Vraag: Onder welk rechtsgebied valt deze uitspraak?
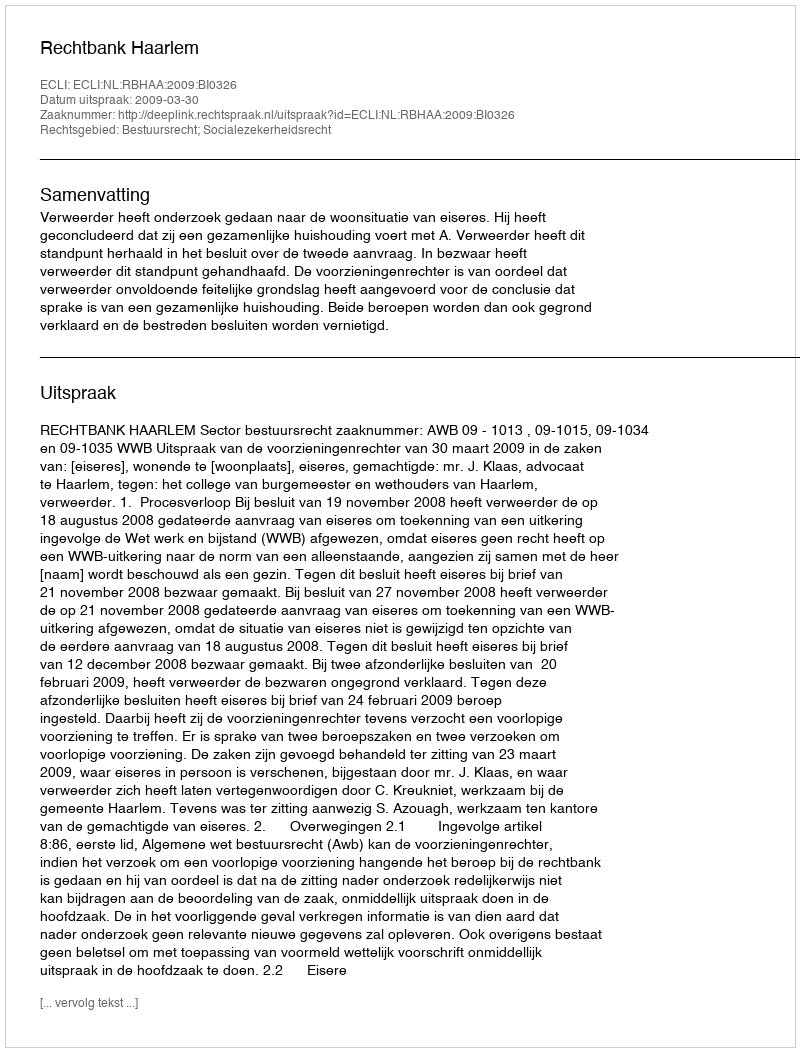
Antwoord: Bestuursrecht; Socialezekerheidsrecht